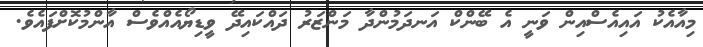
މިއާއެކު އައިއެސްއިން ވަނީ އެ ބޭންކް އަނދަމުންދާ މަންޒަރު ދައްކައިދޭ ވީޑިޔޯއެއްވެސް އާންމުކޮށްފައެވެ.